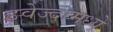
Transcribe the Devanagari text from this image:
झ्वेज्दामध्ये